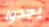
يجدوا